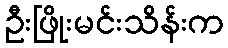
ဦးဖြိုးမင်းသိန်းက